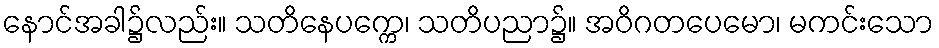
နောင်အခါ၌လည်း။ သတိနေပက္ကေ၊ သတိပညာ၌။ အဝိဂတပေမော၊ မကင်းသော